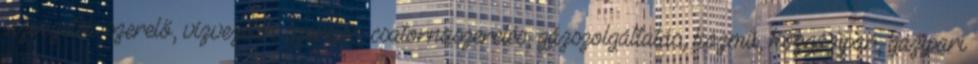
vízvezeték szerelő, vízvezeték szerelés, csatornaszerelés, gázszolgáltatás, közmű, közgázipar, gázipari